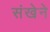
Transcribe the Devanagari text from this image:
संखेने